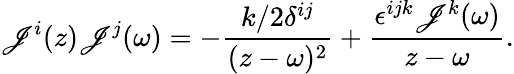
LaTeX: \mathscr{J}^{i}(z)\mathscr{J}^{j}(\omega)=-\frac{{k/2\delta^{ij}}}{{(z-\omega)^{2}}}+\frac{{\epsilon^{ijk}\mathscr{J}^{k}(\omega)}}{{z-\omega}}.